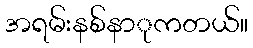
အရမ်းနစ်နာုကတယ်။